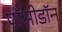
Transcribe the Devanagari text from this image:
पॉसीडॉन